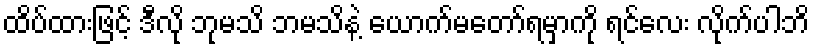
ထိပ်ထားဖြင့် ဒီလို ဘုမသိ ဘမသိနဲ့ ယောက်မတော်ရမှာကို ရင်လေး လိုက်ပါဘိ